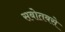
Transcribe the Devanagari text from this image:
सबोतबसे